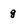
Character: g